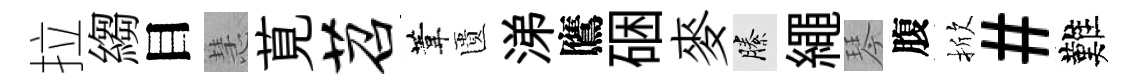
拉縐目慧莧苕葦匱涕鷹硱麥縢繩琴腹掀#難